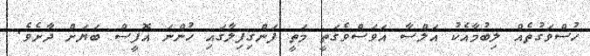
ހުސްވަގުތެއް ލިބުމާއެކު އަލްސާ އަވަސްވެގަތީ މަތީ ފަންގިފިލާގައި ހުންނަ އޮފީސް ބަޔަށް ދާށެވެ.